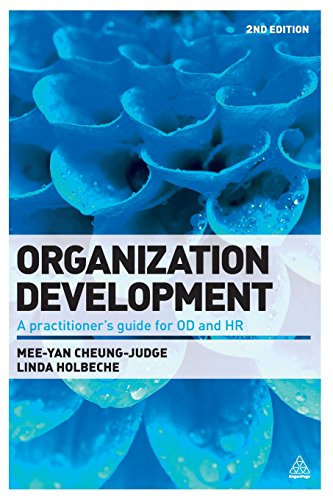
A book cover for Organization Development: A Practitioner's Guide for OD and HR; Mee-Yan Cheung-Judge; Business & Money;